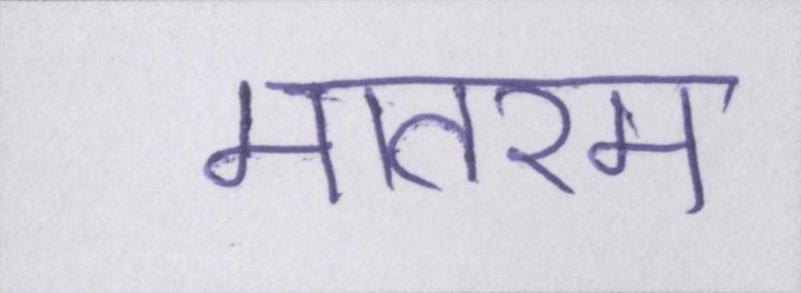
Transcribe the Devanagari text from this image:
मातरम